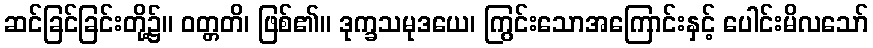
ဆင်ခြင်ခြင်းတို့၌။ ဝတ္တတိ၊ ဖြစ်၏။ ဒုက္ခသမုဒယေ၊ ကြွင်းသောအကြောင်းနှင့် ပေါင်းမိလသော်